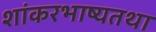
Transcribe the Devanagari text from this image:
शांकरभाष्यतथा